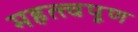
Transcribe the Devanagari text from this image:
महत्त्वपूण